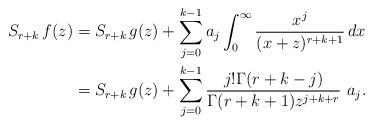
LaTeX: \begin{align*}S_{r+k}\,f(z) &= S_{r+k}\,g(z) + \sum_{j=0}^{k-1}a_j \int_0^\infty \frac{x^j}{(x+z)^{r+k+1}} \, dx\\& = S_{r+k}\,g(z) + \sum_{j=0}^{k-1} \frac{j! \Gamma(r+k-j)}{\Gamma(r+k+1)z^{j+k+r}} \, \, a_j.\end{align*}